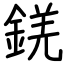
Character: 錓